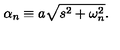
\alpha _ { n } \equiv a \sqrt { s ^ { 2 } + \omega _ { n } ^ { 2 } } .